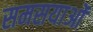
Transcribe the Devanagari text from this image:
समसयाओं